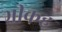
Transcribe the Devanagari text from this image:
भीकह